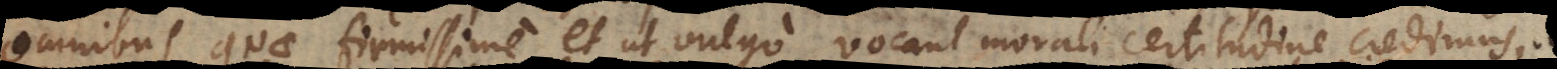
omnibus quae firmissime et ut vulgo vocant morali certitudine credimus, ob